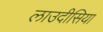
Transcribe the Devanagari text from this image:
लाउदीसिया